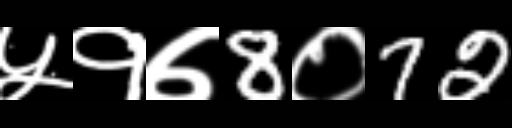
Text: ५१७8०72